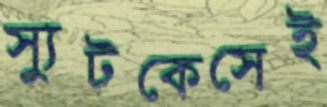
স্যুটকেসেই